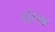
હાસ